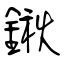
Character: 鍬